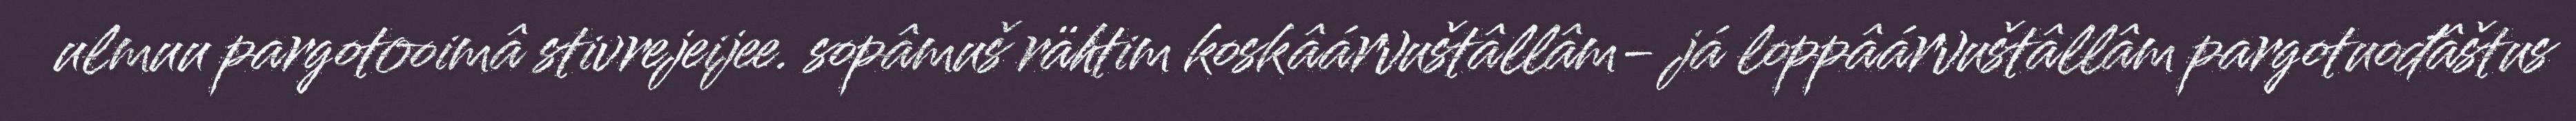
ulmuu pargotooimâ stivrejeijee. sopâmuš rähtim koskâárvuštâllâm- já loppâárvuštâllâm pargotuođâštus